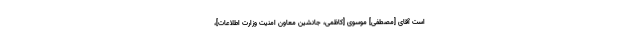
است آقاى [مصطفی] موسوى [‌کاظمی، جانشین معاون امنیت وزارت اطلاعات]،